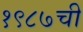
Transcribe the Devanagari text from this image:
१९८७ची